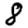
Digit: 8